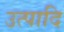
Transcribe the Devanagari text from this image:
उत्पादि